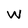
Character: W